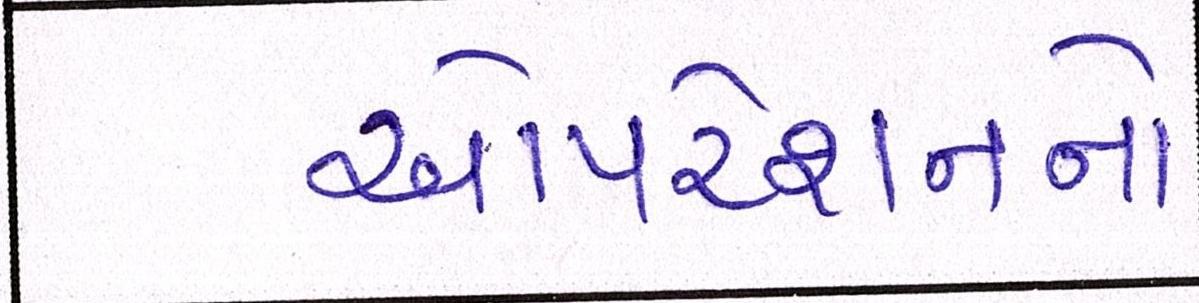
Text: ઓપરેશનનો